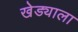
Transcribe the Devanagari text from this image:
खेड्याला